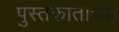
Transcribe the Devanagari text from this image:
पुस्तकाताच्या